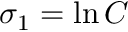
\sigma _ { 1 } = \ln C